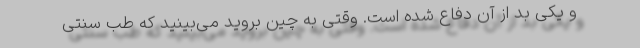
و یکی بد از آن دفاع شده است. وقتی به چین بروید می‌بینید که طب سنتی